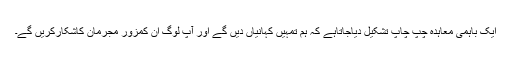
ایک باہمی معاہدہ چپ چاپ تشکیل دیاجاتاہے کہ ہم تمہیں کہانیاں دیں گے اور آپ لوگ ان کمزور مجرمان کاشکارکریں گے۔